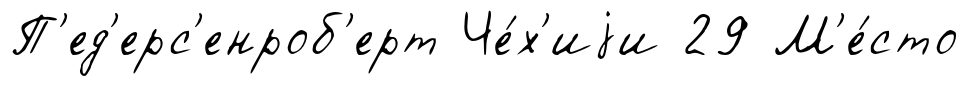
П'ед'ерс'енроб'ерт Че́х'иjи 29 М'е́сто